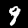
Digit: 9